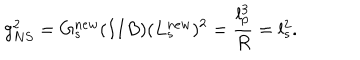
g _ { N S } ^ { 2 } = G _ { s } ^ { n e w } ( I I B ) ( L _ { s } ^ { n e w } ) ^ { 2 } = \frac { l _ { p } ^ { 3 } } { R } = l _ { s } ^ { 2 } .